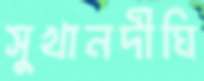
সুখানদীঘি